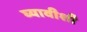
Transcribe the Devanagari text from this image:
घ्यावीशी